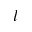
l